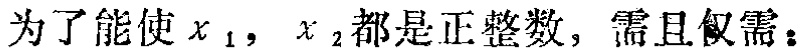
为了能使$x_{1}$，$x_{2}$都是正整数，需且仅需：